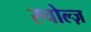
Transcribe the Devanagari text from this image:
स्चोल्ज़